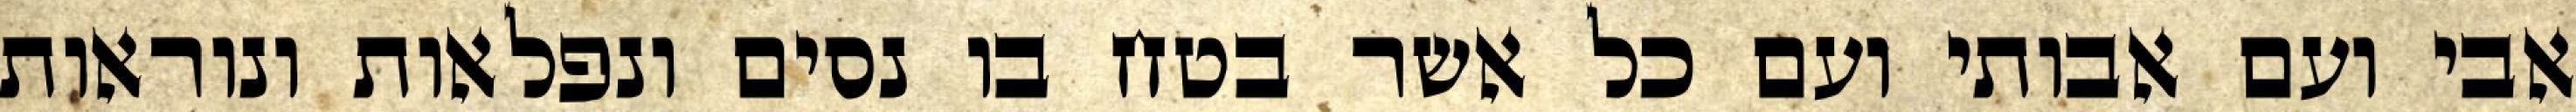
אבי ועם אבותי ועם כל אשר בטח בו נסים ונפלאות ונוראות